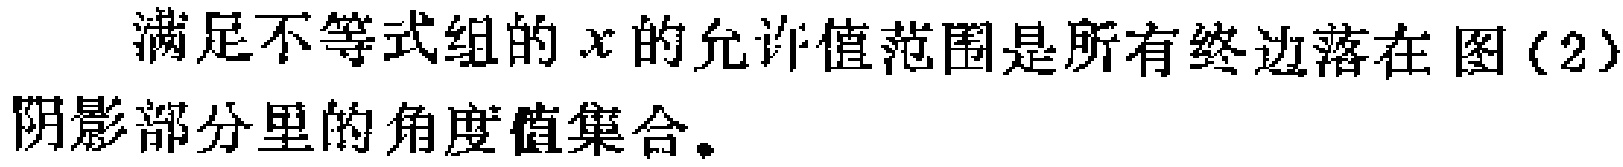
满足不等式组的\(x\)的允许值范围是所有终边落在图(2)阴影部分里的角度值集合。